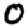
Digit: 0